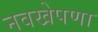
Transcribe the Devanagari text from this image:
नवखेपणा